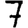
Digit: 7